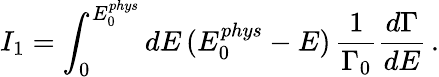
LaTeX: I_{1}=\int_{0}^{E_{0}^{phys}}dE\, (E_{0}^{phys}-E)\, \frac{1}{\Gamma_{0}}\frac{d\Gamma}{dE}\, .